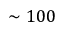
\sim 1 0 0